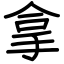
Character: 拿